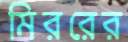
মিররের